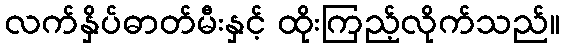
လက်နှိပ်ဓာတ်မီးနှင့် ထိုးကြည့်လိုက်သည်။